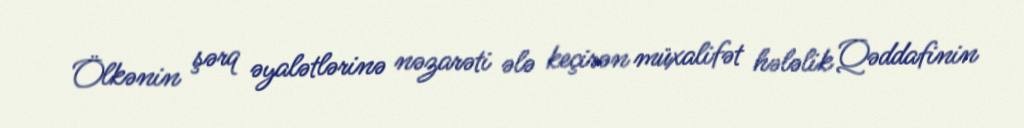
Ölkənin şərq əyalətlərinə nəzarəti ələ keçirən müxalifət hələlik Qəddafinin